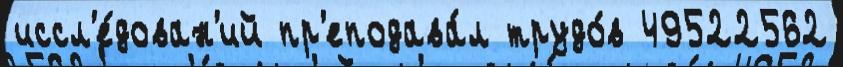
иссл'е́дован'ий пр'еподава́л трудо́в 49522562